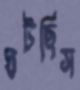
ঘটছিস